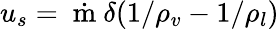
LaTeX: u_{s}=\dot{\mathrm{~m~}}\delta(1/\rho_{v}-1/\rho_{l})